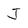
Character: J